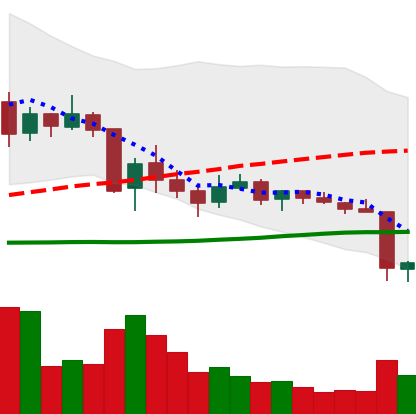
Ticker: TRX-USD
Chart end date: 2018-06-11
Forward return: -11.497%
Label: down_7plus